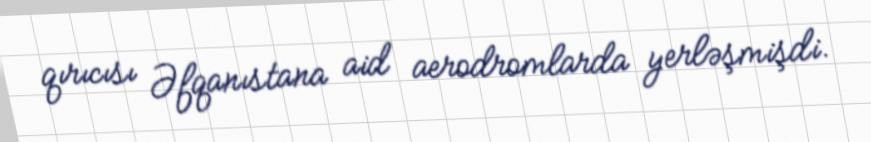
qırıcısı Əfqanıstana aid aerodromlarda yerləşmişdi.